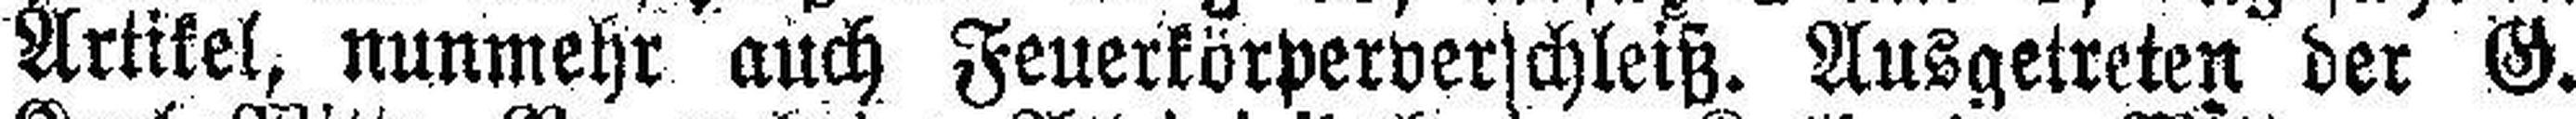
Artikel, nunmehr auch Feuerkörperverschleiß. Ausgetreten der G.